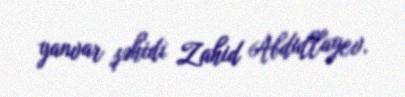
yanvar şəhidi Zahid Abdullayev.